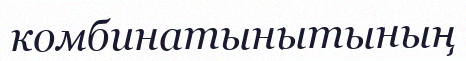
комбинатынытының